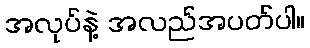
အလုပ်နဲ့ အလည်အပတ်ပါ။